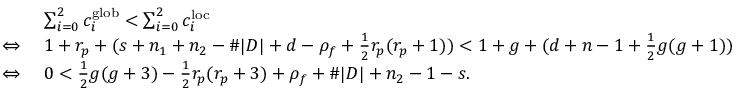
\begin{array} { r l } & { \sum _ { i = 0 } ^ { 2 } c _ { i } ^ { \mathrm { g l o b } } < \sum _ { i = 0 } ^ { 2 } c _ { i } ^ { \mathrm { l o c } } } \\ { \Leftrightarrow \; } & { 1 + r _ { p } + ( s + n _ { 1 } + n _ { 2 } - \# | D | + d - \rho _ { f } + \frac 1 2 r _ { p } ( r _ { p } + 1 ) ) < 1 + g + ( d + n - 1 + \frac 1 2 g ( g + 1 ) ) } \\ { \Leftrightarrow \; } & { 0 < \frac 1 2 g ( g + 3 ) - \frac 1 2 r _ { p } ( r _ { p } + 3 ) + \rho _ { f } + \# | D | + n _ { 2 } - 1 - s . } \end{array}